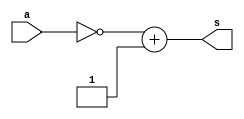
 // ------------------------- 
// Exemplo0019 - COMPLEMENTO DE 2 
// Nome: Rafael Santos Moura 
// ------------------------- 
// ------------------------- 
// test number system 
// ------------------------- 

module EX04a (output [7:0]s, input [7:0]a);
	assign s = ~a + 1;
endmodule

module EX04b (output [6:0]s, input [6:0]a);
	assign s = ~a + 1;
endmodule

module EX04c (output [5:0]s, input [5:0]a);
	assign s = ~a + 1;
endmodule

module EX04d (output [4:0]s, input [4:0]a);
	assign s = ~a + 1;
endmodule
	
module EX04e (output [7:0]s, input [7:0]a);
	assign s = ~a + 1;
endmodule

module test_base_01; 
// ------------------------- definir dados 
	reg [7:0] a;
	reg [6:0] b;
	reg [5:0] c;
	reg [4:0] d;
	reg [7:0] e; 
		
	wire [7:0] sA;
	wire [6:0] sB;
	wire [5:0] sC;
	wire [4:0] sD;
	wire [7:0] sE;  
	
	EX04a letraA(sA, a); 
	EX04b letraB(sB, b);
	EX04c letraC(sC, c);
	EX04d letraD(sD, d);
	EX04e letraE(sE, e);
	
initial begin: start
	a = 6'b101111; 
	b = 57;
	c = 25;
	d = 'hD;
	e = 'o24;
end

// ------------------------- parte principal 
initial begin 
	$display("Exemplo0019 - Rafael Santos Moura - 441705"); 
	$display("Test number system"); 
	
	#1 
	$display("\nLetra A)");
	$display("%b = %b", a, sA);
	
	#1
	$display("\nLetra B)");
	$display("%d = %b", b, sB);
			
	#1				
	$display("\nLetra C)");
	$display("%d = %b", c, sC);
	
	#1
	$display("\nLetra D)");
	$display("%h = %b", d, sD);
	
	#1				
	$display("\nLetra E)");
	$display("%b = %b", e, sE);	

end 
endmodule // test_base